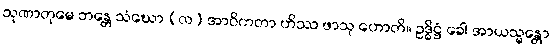
သုဏာတုမေ ဘန္တေ သံဃော (လ) အာဝိကတာ ဟိဿ ဖာသု ဟောတိ။ ဥဒ္ဓိဋ္ဌံ ခေါ အာယသ္မန္တော